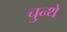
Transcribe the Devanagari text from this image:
चुन्थे